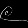
Digit: ၉